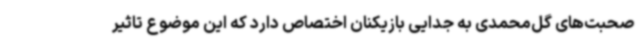
صحبت‌های گل‌محمدی به جدایی بازیکنان اختصاص دارد که این موضوع تاثیر